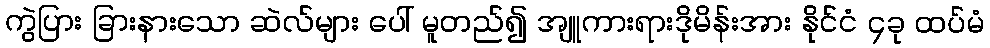
ကွဲပြား ခြားနားသော ဆဲလ်များ ပေါ် မူတည်၍ အျူကားရားဒိုမိန်းအား နိုင်ငံ ၄ခု ထပ်မံ